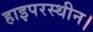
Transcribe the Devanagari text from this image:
हाइपरस्थीन।